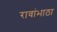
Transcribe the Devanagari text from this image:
रावांभाठा